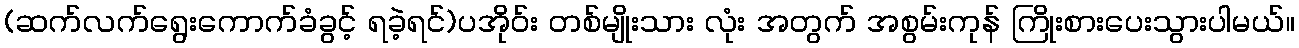
(ဆက်လက်ရွေးကောက်ခံခွင့် ရခဲ့ရင်)ပအိုဝ်း တစ်မျိုးသား လုံး အတွက် အစွမ်းကုန် ကြိုးစားပေးသွားပါမယ်။